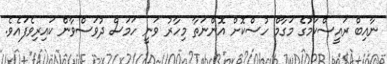
ނާއިބް ރައީސްކަމުގެ މަގާމް ހުސްކޮށް އޮންނަތާ މިހާރު ވަނީ ހަމަސް ދުވަސްވާން ކައިރިވެފައެވެ.